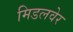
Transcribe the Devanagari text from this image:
मिडलवेर